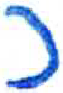
אות: כ